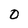
Character: 0